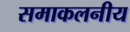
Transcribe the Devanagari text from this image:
समाकलनीय